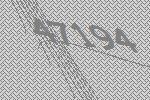
47194